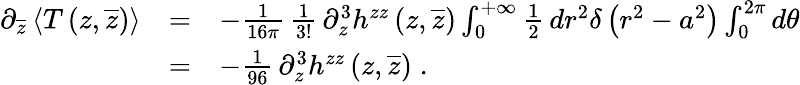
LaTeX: \begin{array}{lcl}{{\partial_{\overline{{z}}}\left<T\left(z,\overline{{z}}\right)\right>}}&{{=}}&{{-{\frac{1}{16\pi}}\, {\frac{1}{3!}}\, \partial_{z}^{3}h^{zz}\left(z,\overline{{{z}}}\right)\int_{0}^{+\infty}{\frac{1}{2}}\, dr^{2}\delta\left(r^{2}-a^{2}\right)\int_{0}^{2\pi}d\theta}}\\ {{\ }}&{{=}}&{{-{\frac{1}{96}}\, \partial_{z}^{3}h^{zz}\left(z,\overline{{{z}}}\right)\; .}}\end{array}